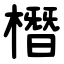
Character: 橬